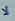
لا